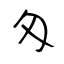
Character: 匁